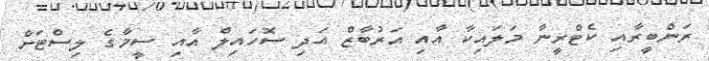
ރަންބީރާއި ކެޓްރީނާ މަލައިކާ އާއި އަރުބާޒް އަދި ސޮހައިލް އާއި ސީމާގެ ލިސްޓަށް